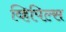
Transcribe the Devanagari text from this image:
व्हिपिल्स